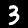
Label: 3